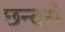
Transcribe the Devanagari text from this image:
छन्दसे